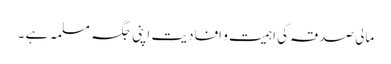
مالی صدقہ کی اہمیت و افادیت اپنی جگہ مسلمہ ہے ۔